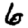
Digit: 6